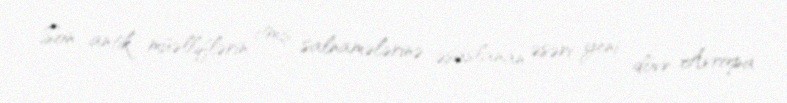
Son antik müəlliflərin itmiş salnamələrinə əsaslanan əsəri yeni dövr Avropa